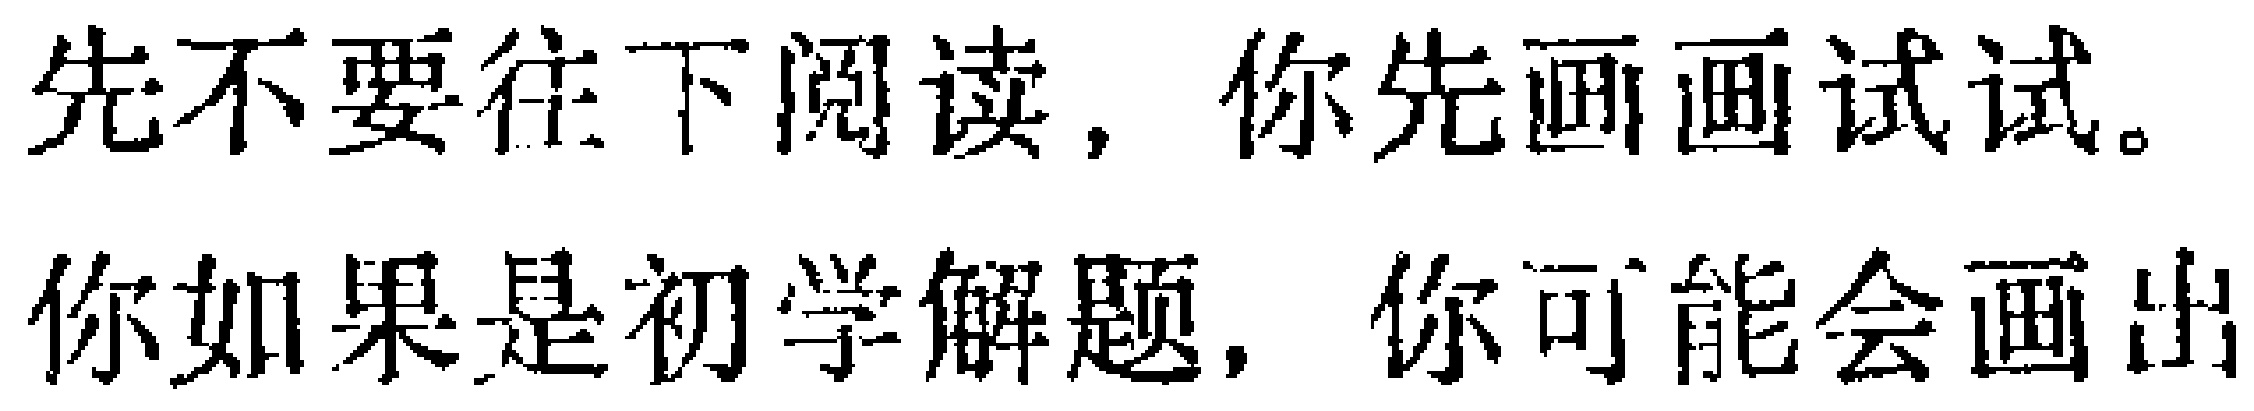
先不要往下阅读，你先画画试试。

你如果是初学解题，你可能会画出